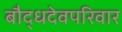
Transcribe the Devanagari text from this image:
बौद्धदेवपरिवार